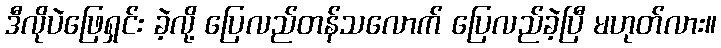
ဒီလိုပဲဖြေရှင်း ခဲ့လို့ ပြေလည်တန်သလောက် ပြေလည်ခဲ့ပြီ မဟုတ်လား။